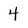
Character: 4